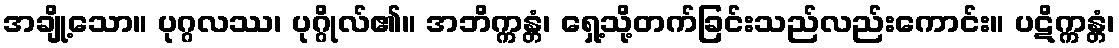
အချို့သော။ ပုဂ္ဂလဿ၊ ပုဂ္ဂိုလ်၏။ အဘိက္ကန္တံ၊ ရှေ့သို့တက်ခြင်းသည်လည်းကောင်း။ ပဋိက္ကန္တံ၊